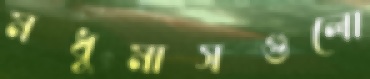
মধুমাসগুলো